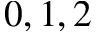
0 , 1 , 2